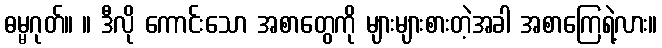
ဓမ္မဂုတ်။ ။ ဒီလို ကောင်းသော အစာတွေကို များများစားတဲ့အခါ အစာကြေရဲ့လား။